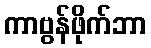
ကာဗွန်ဖိုက်ဘာ